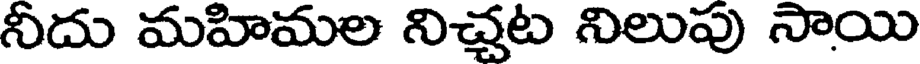
నీదు మహిమల నిచ్చట నిలుపు సాయి